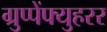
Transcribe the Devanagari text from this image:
ग्रुप्पेंफ्युहरर